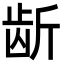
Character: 龂